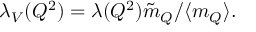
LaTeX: \lambda _ { V } ( Q ^ { 2 } ) = \lambda ( Q ^ { 2 } ) { \tilde { m } _ { Q } } / { \langle m _ { Q } \rangle } .